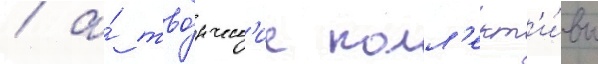
/ а́ тво́рческ'ие колл'ект'и́вы